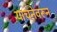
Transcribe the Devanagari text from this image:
याचनेवरून